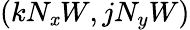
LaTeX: (k{{N}_{\mathit{x}}}W,j{{N}_{y}}W)